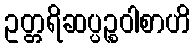
ဥတ္တရိဆပ္ပဉ္စဝါစာဟိ